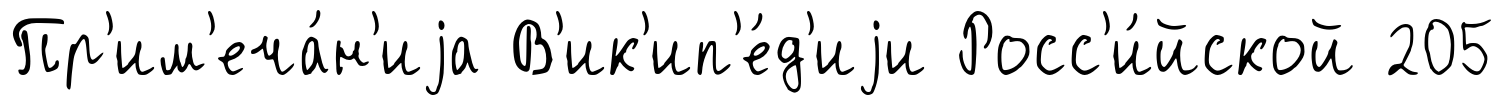
Пр'им'еча́н'иjа В'ик'ип'е́д'иjи Росс'и́йской 205